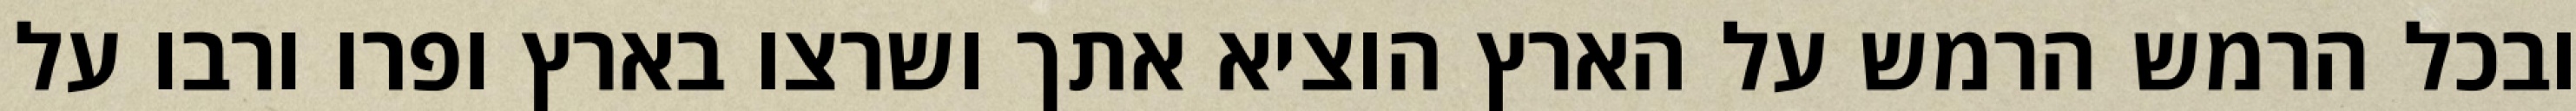
ובכל הרמש הרמש על הארץ הוציא אתך ושרצו בארץ ופרו ורבו על